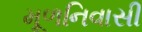
મૂળનિવાસી